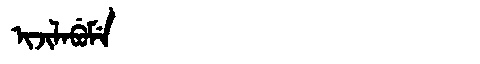
Manchu: ᡳᠵᡳᠯᠠᠪᡠᠮᡝ
Romanization: IJILABUME